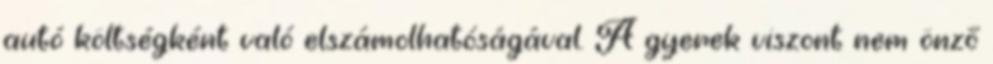
autó költségként való elszámolhatóságával. A gyerek viszont nem önző